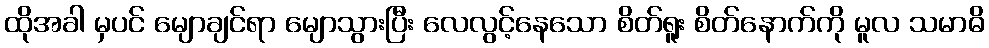
ထိုအခါ မှပင် မျောချင်ရာ မျောသွားပြီး လေလွင့်နေသော စိတ်ရူး စိတ်နောက်ကို မူလ သမာဓိ